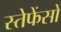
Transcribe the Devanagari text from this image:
स्तेफेंसों